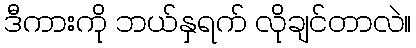
ဒီကားကို ဘယ်နှရက် လိုချင်တာလဲ။